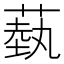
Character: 蓺